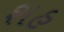
શહ